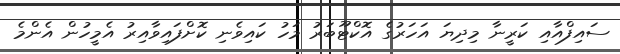
ސައިފްއާއި ކަރީނާ މިދިޔަ އަހަރުގެ އޮކްޓޫބަރު މަހު ކައިވެނި ކޮށްފައިވާއިރު އެމީހުން އެންމެ